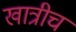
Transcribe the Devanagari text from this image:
खात्रीच